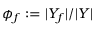
\phi _ { f } : = | Y _ { f } | / | Y |